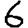
Digit: 6